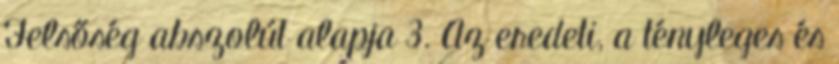
Felsőség abszolút alapja 3. Az eredeti, a tényleges és